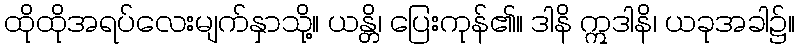
ထိုထိုအရပ်လေးမျက်နှာသို့။ ယန္တိ၊ ပြေးကုန်၏။ ဒါနိ ဣဒါနိ၊ ယခုအခါ၌။